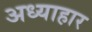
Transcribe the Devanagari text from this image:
अध्याहार